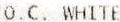
O.C. WHITE